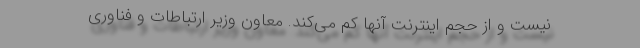
نیست و از حجم اینترنت آنها کم می‌کند. معاون وزیر ارتباطات و فناوری